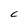
Character: C